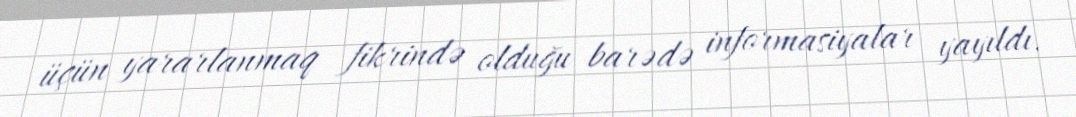
üçün yararlanmaq fikrində olduğu barədə informasiyalar yayıldı.